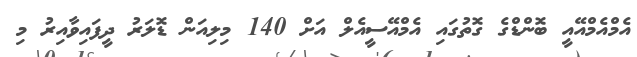
އެމްއެމްއޭއީ ބޮންޑްގެ ގޮތުގައި އެމްއޭސީއެލް އަށް 140 މިލިއަން ޑޮލަރު ދީފައިވާއިރު މި